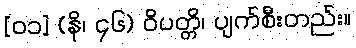
[၀၁] (နိ၊ ၄၆) ဝိပတ္တိ၊ ပျက်စီးတည်း။